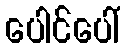
ပေါင်ပေါ်